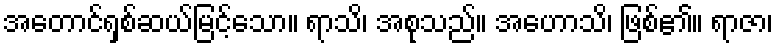
အတောင်ရှစ်ဆယ်မြင့်သော။ ရာသိ၊ အစုသည်။ အဟောသိ၊ ဖြစ်၏။ ရာဇာ၊